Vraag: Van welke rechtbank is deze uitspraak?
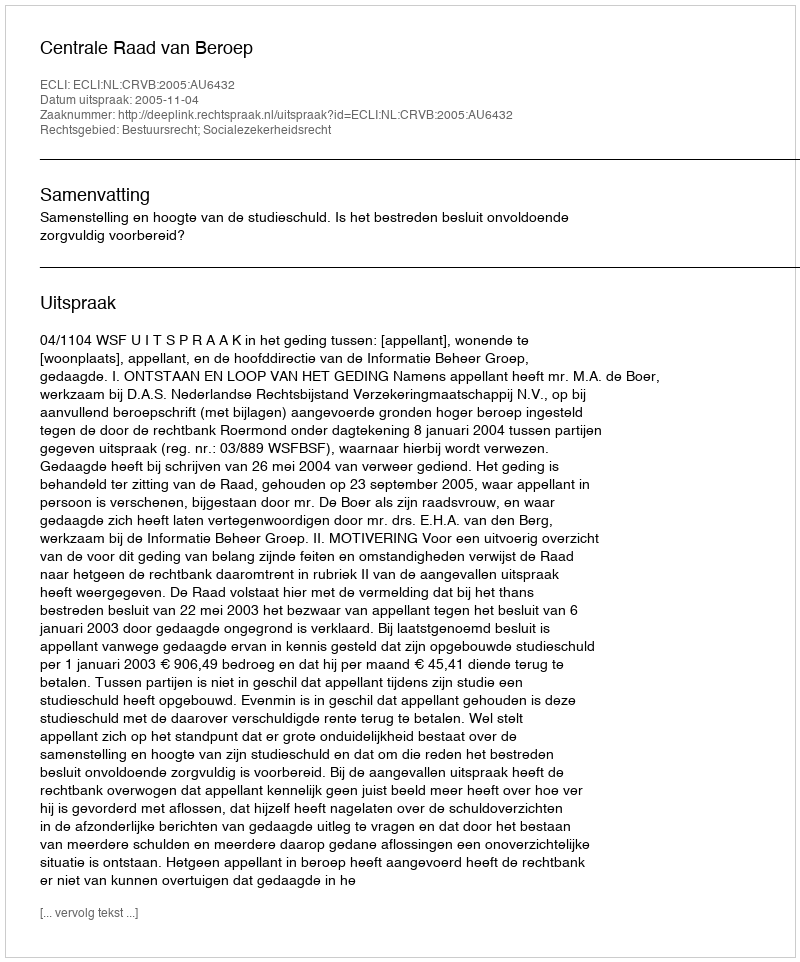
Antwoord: Centrale Raad van Beroep